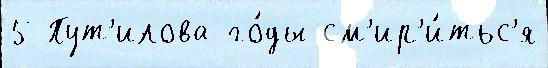
5 Пут'илова го́ды см'ир'и́тьс'я